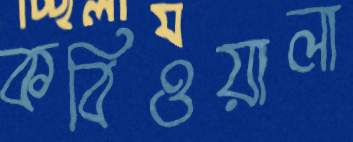
কবিওয়ালা